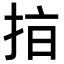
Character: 𢫾